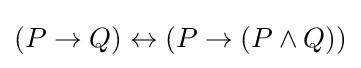
(P\to Q)\leftrightarrow (P\to (P\land Q))